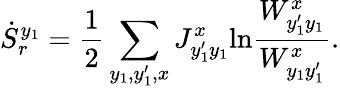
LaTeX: \dot{S}_{r}^{y_{1}}=\frac{1}{2}\sum_{y_{1},y_{1}^{\prime},x}J_{y_{1}^{\prime}y_{1}}^{x}\mathrm{ln}\frac{W_{y_{1}^{\prime}y_{1}}^{x}}{W_{y_{1}y_{1}^{\prime}}^{x}}.